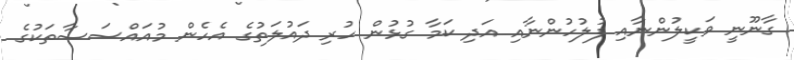
ގާނޫނީ ވަކީލުންނާއި ފުލުހުންނާއި އަދި ކަމާ ގުޅުން ހުރި ދައުލަތުގެ އެހެން މުއައްސަސާތަކުގެ